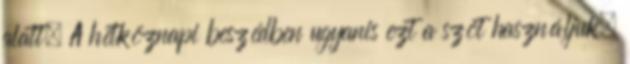
alatt. A hétköznapi beszédben ugyanis ezt a szót használjuk,